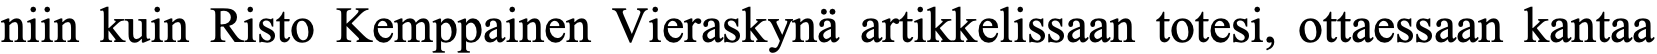
niin kuin Risto Kemppainen Vieraskynä artikkelissaan totesi, ottaessaan kantaa